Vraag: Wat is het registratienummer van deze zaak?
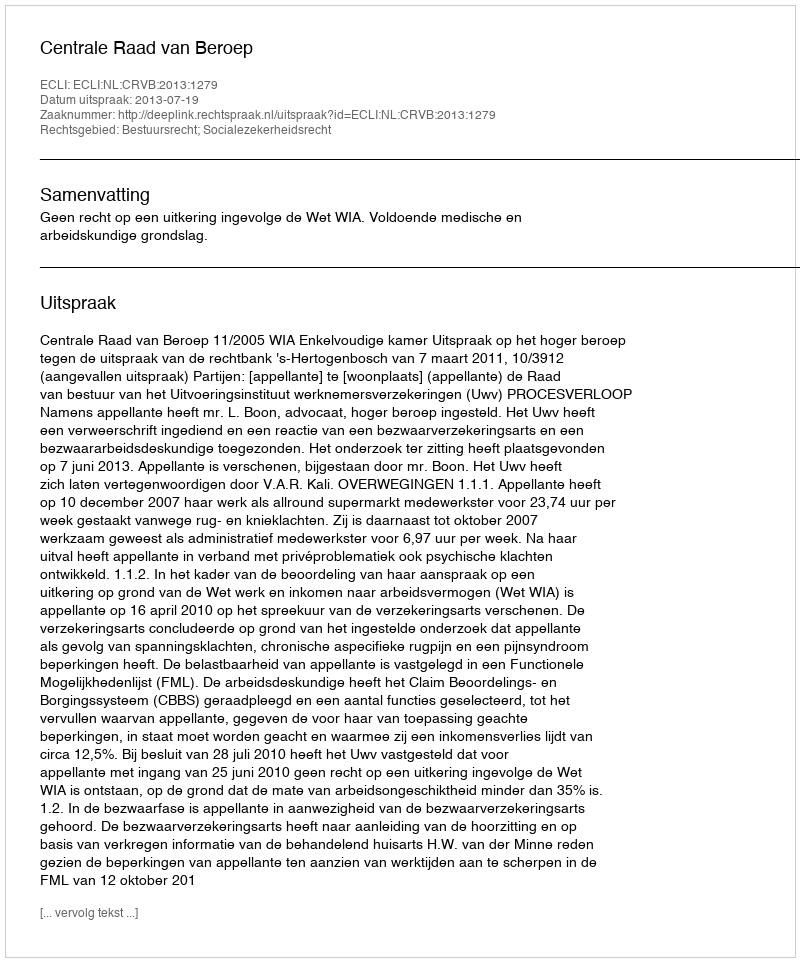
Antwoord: http://deeplink.rechtspraak.nl/uitspraak?id=ECLI:NL:CRVB:2013:1279